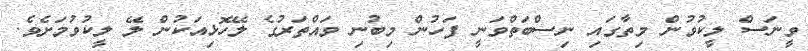
ވީނަސް ލީކުވުން މިތާގައި ނިސްބަތްވަނީ ފަހުން މިބުނި ވައްތަރުގެ ލޭހޮޅިއަކުން ލޭ ލީކުވުމަށެވެ.